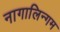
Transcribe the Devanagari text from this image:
नागालिन्गम